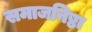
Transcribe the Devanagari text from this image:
समाजनिष्ठा